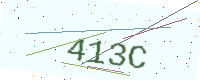
Text: 413C